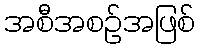
အစီအစဉ်အဖြစ်